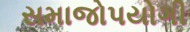
સમાજોપયોગી